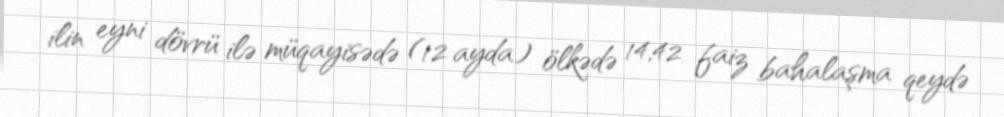
ilin eyni dövrü ilə müqayisədə (12 ayda) ölkədə 14,42 faiz bahalaşma qeydə